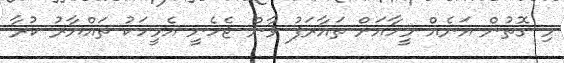
މި ގޮތުން އަނެއް މީހާއަށް ތައާރަފު ވާން ޖެހެނީ އެމީހަކު ތައްޔާރު ކުރާ